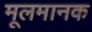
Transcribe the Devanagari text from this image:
मूलमानक